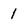
Character: 1